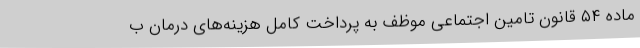
ماده ۵۴ قانون تامین اجتماعی موظف به پرداخت کامل هزینه‌های درمان ب